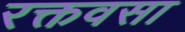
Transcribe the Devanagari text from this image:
रक्तवसा